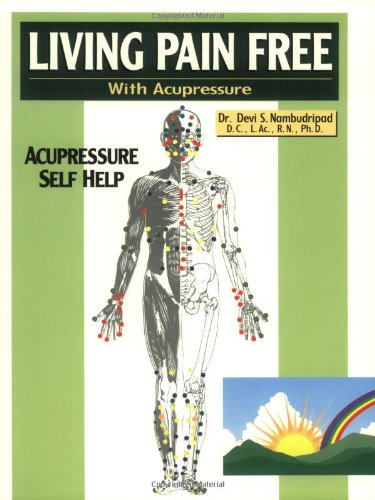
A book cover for Living Pain Free with Acupressure; Devi S. Nambudripad; Health, Fitness & Dieting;